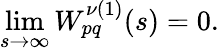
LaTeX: \operatorname*{lim}_{s\to\infty}W_{pq}^{\nu(1)}(s)=0.